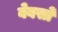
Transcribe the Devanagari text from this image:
बेबसों